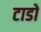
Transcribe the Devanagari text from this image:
टाडो